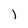
Character: l